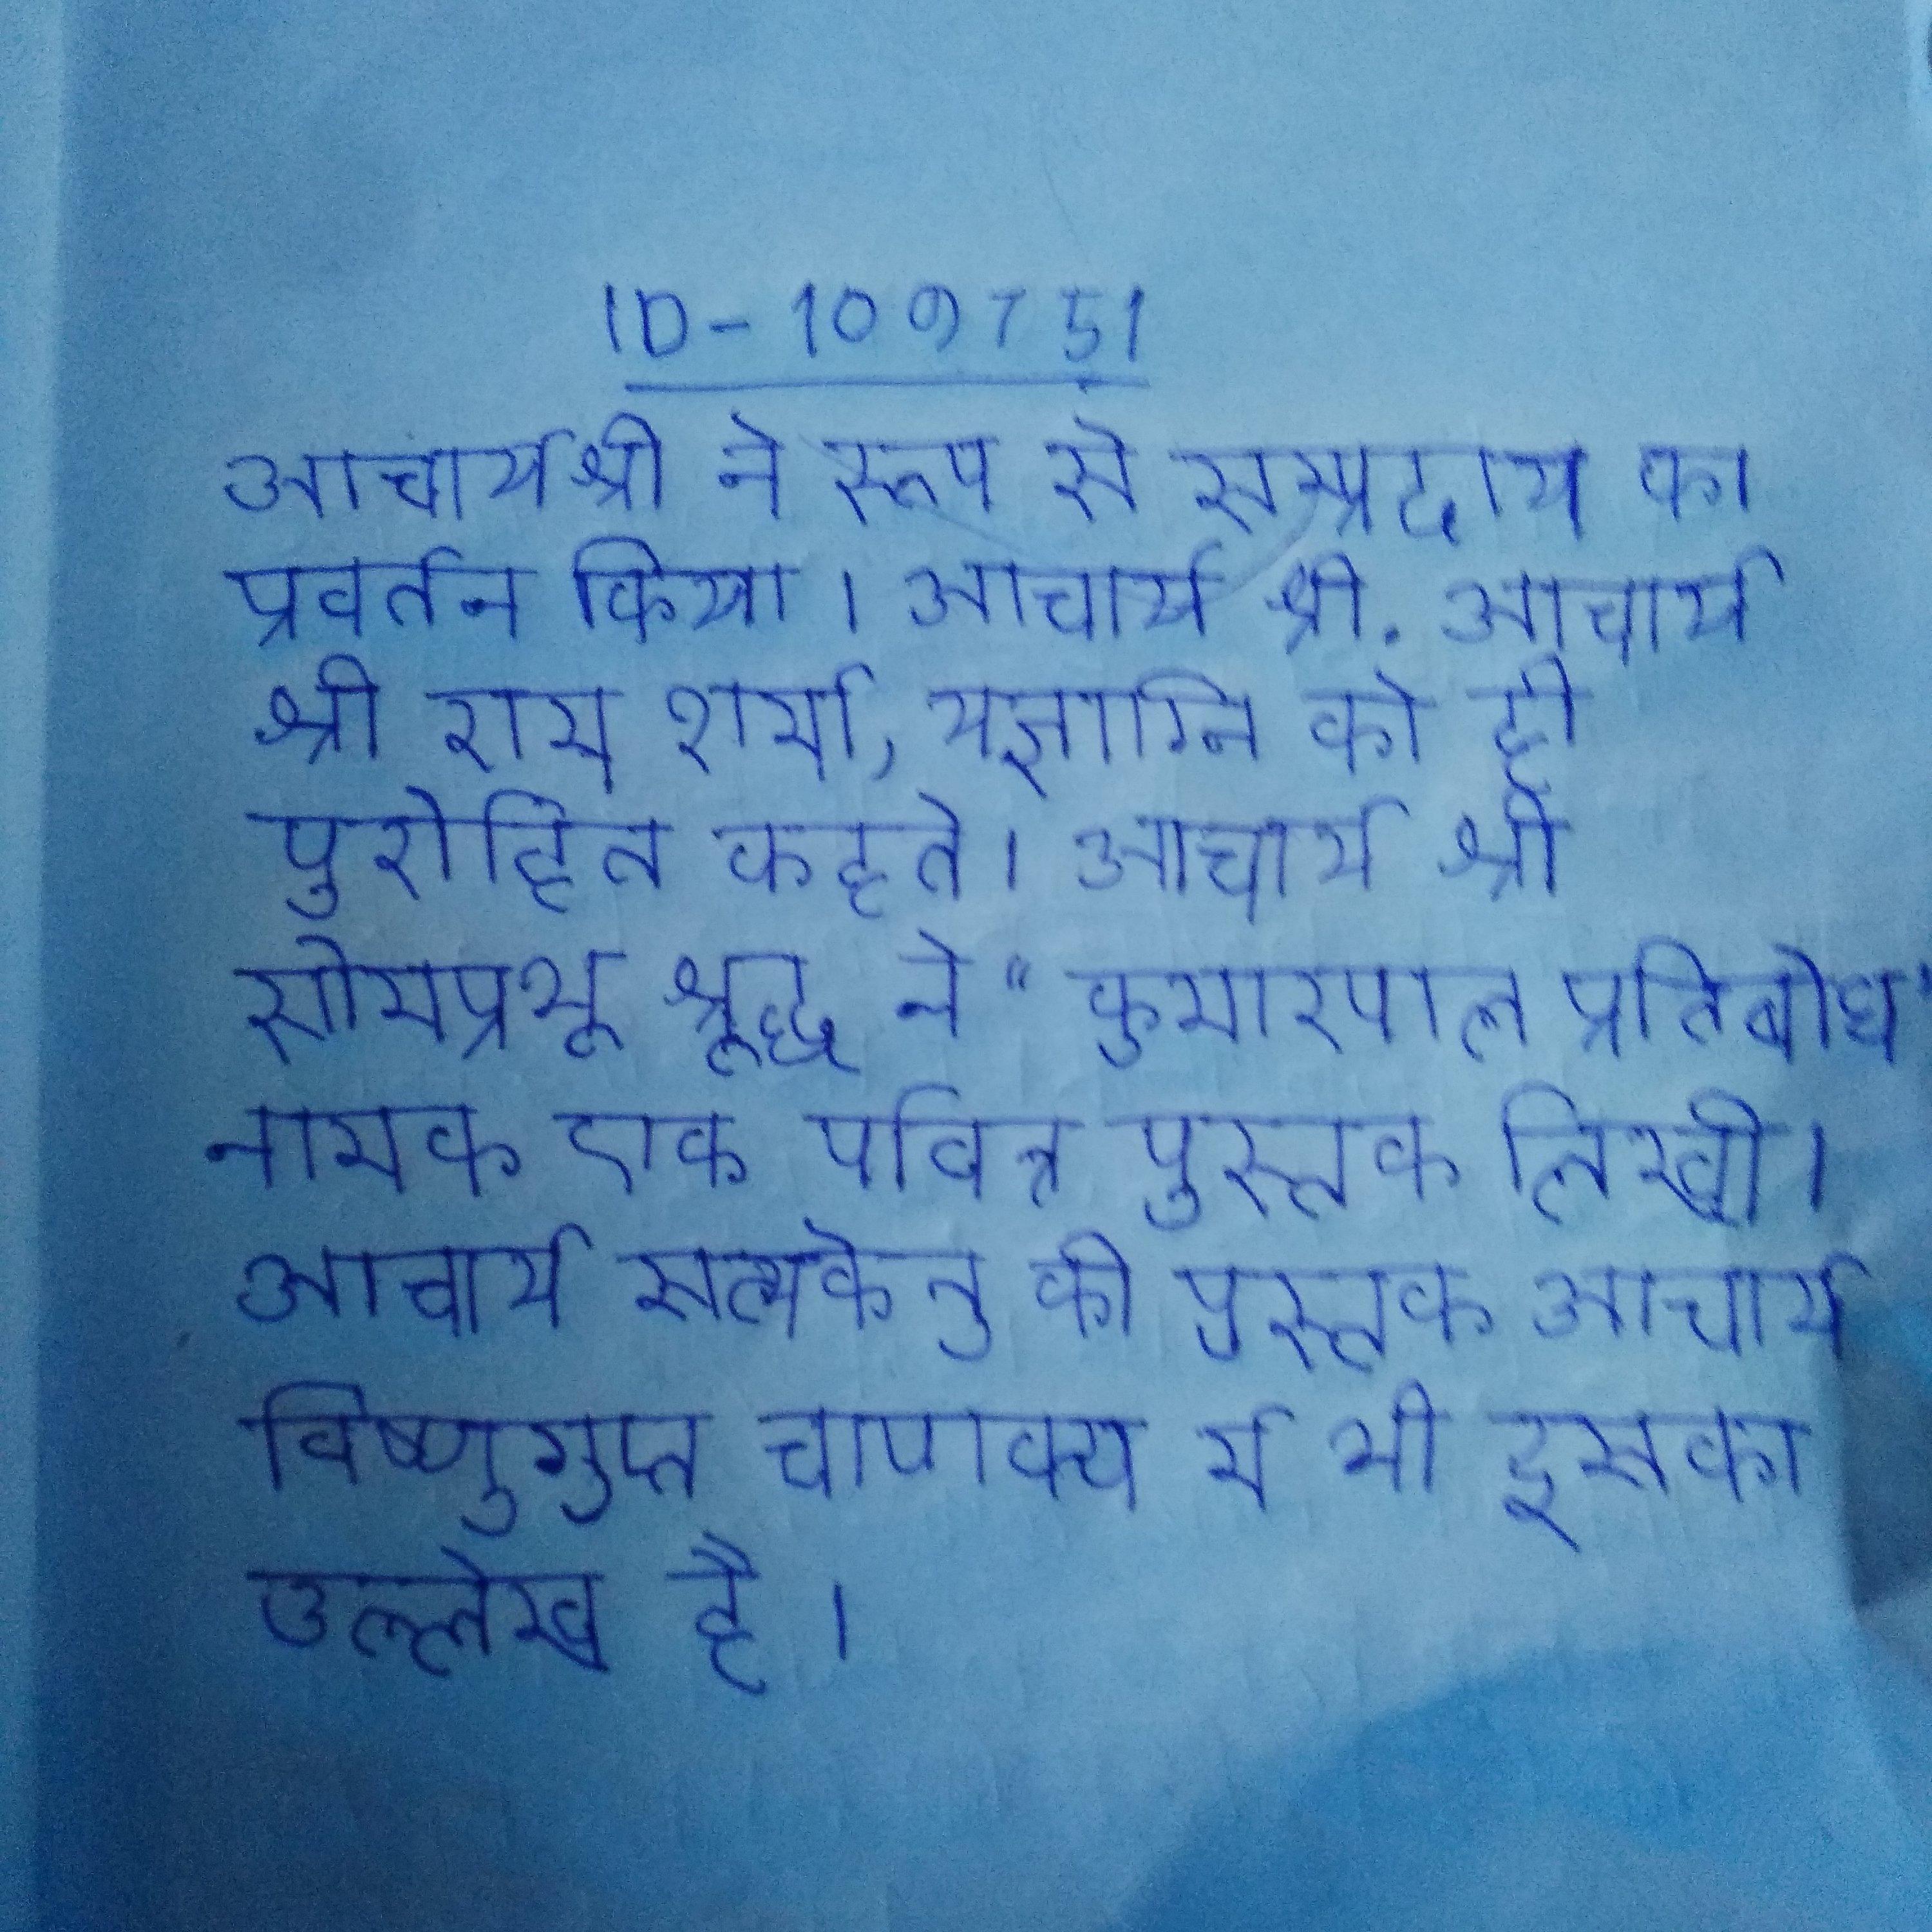
आचार्यश्री ने रूप से सम्प्रदाय का प्रवर्तन किया । आचार्य श्री . आचार्य श्री राम शर्मा, यज्ञाग्नि को ही पुरोहित कहते । आचार्य श्री सोमप्रभू श्रृद्ध ने "कुमारपाल प्रतिबोध" नामक एक पवित्र पुस्तक लिखी । आचार्य सत्यकेतु की पुस्तक आचार्य विष्णुगुप्त चाणक्य मे भी इसका उल्लेख है ।